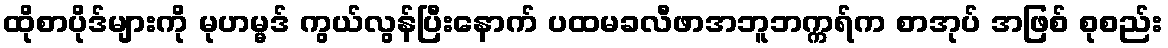
ထိုစာပိုဒ်များကို မုဟမ္မဒ် ကွယ်လွန်ပြီးနောက် ပထမခလီဖာအဘူဘက္ကရ်က စာအုပ် အဖြစ် စုစည်း